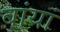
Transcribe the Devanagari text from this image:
बांयां